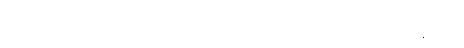
သူတို့နေသည့် အခန်းပေါက်ဝတွင် မိန်းမတယောက် အော်ကြီးဟစ်ကျယ် လုပ်နေသည်။